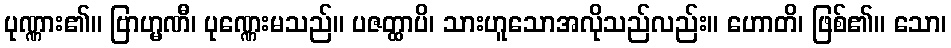
ပုဏ္ဏား၏။ ဗြာဟ္မဏီ၊ ပုဏ္ဏေးမသည်။ ပဇတ္ထာပိ၊ သားဟူသောအလိုသည်လည်း။ ဟောတိ၊ ဖြစ်၏။ သော၊